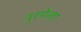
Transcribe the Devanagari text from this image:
नुरमेला